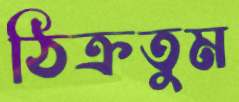
ঠিক্‌রতুম